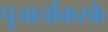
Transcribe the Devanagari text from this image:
पूजार्चाकरके